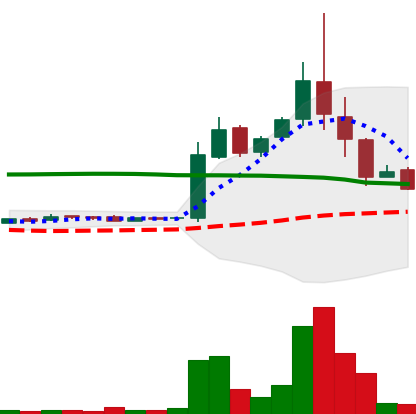
Ticker: LTC-USD
Chart end date: 2015-11-08
Forward return: -5.647%
Label: down_5_7